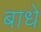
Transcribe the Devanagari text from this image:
बाधे